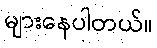
များနေပါတယ်။